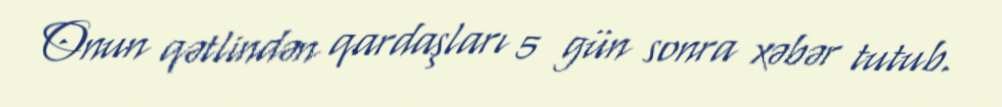
Onun qətlindən qardaşları 5 gün sonra xəbər tutub.